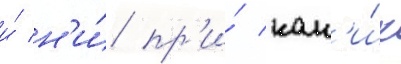
и́ н'и́ пр'и́ как'и́х